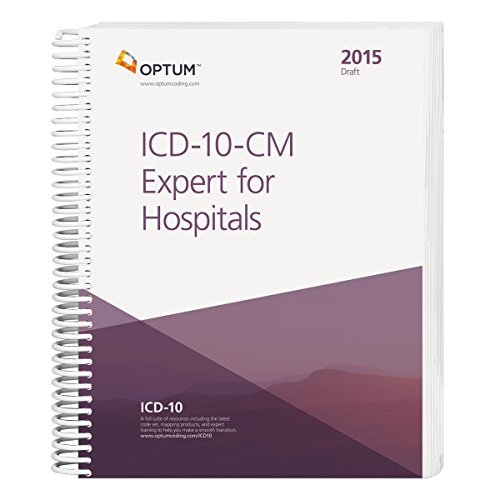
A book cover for ICD-10-CM Expert for Hospitals Draft - 2015; Optum360; Medical Books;